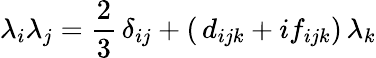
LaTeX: \lambda_{i}\lambda_{j}=\frac{2}{3}\, \delta_{ij}+(\, d_{ijk}+if_{ijk})\, \lambda_{k}